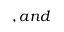
, a n d